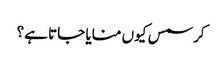
کرسمس کیوں منایا جاتا ہے؟